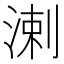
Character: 溂